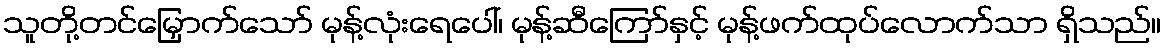
သူတို့တင်မြှောက်သော် မုန့်လုံးရေပေါ်၊ မုန့်ဆီကြော်နှင့် မုန့်ဖက်ထုပ်လောက်သာ ရှိသည်။